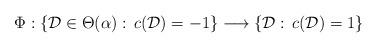
LaTeX: \begin{align*} \Phi: \{\mathcal D \in \Theta(\alpha):\,c(\mathcal D)=-1 \} \longrightarrow \{\mathcal D :\,c( \mathcal D)=1\}\end{align*}